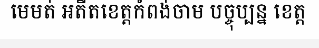
មេមត់ អតីតខេត្តកំពង់ចាម បច្ចុប្បន្ន ខេត្ត